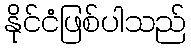
နိုင်ငံဖြစ်ပါသည်